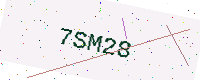
Text: 7SM28